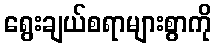
ရွေးချယ်စရာများစွာကို